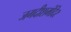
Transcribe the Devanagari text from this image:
जगदीशमंदिर